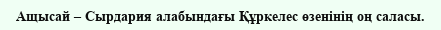
Ащысай – Сырдария алабындағы Құркелес өзенінің оң саласы.